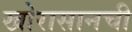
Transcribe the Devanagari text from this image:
खोरासानची